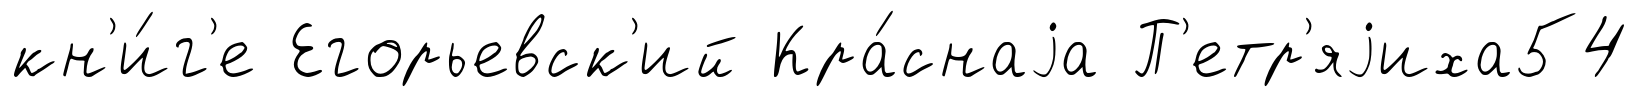
кн'и́г'е Егорьевск'ий Кра́снаjа П'етр'яjиха54